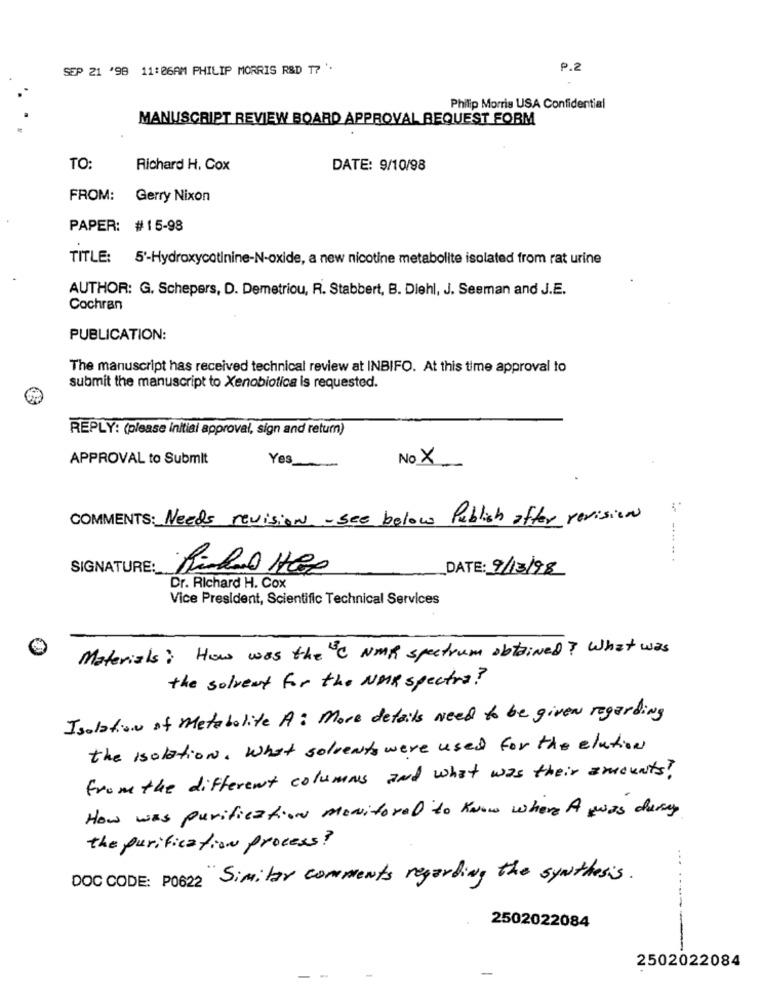
SEP 21 '98 11:06AM PHILIP MORRIS R&D T? '.
P.2
Philip Morris USA Confidential
MANUSCRIPT REVIEW BOARD APPROVAL REQUEST FORM
TO:
Richard H. Cox
DATE: 9/10/98
FROM: Gerry Nixon
PAPER: #15-98
TITLE: 5'-Hydroxycotinine-N-oxide, a new nicotine metabolite isolated from rat urine
AUTHOR: G. Schepers, D. Demetriou, R. Stabbert, B. Diehl, J. Sesman and J.E.
Cochran
PUBLICATION:
The manuscript has received technical review at INBIFO. At this time approval to
submit the manuscript to Xenobiotica is requested.
REPLY: (please initial approval, sign and return)
APPROVAL to Submit
Yes
No X
COMMENTS: Needs revision - see below
Publish after revision
SIGNATURE:
DATE: 9/13/98
Dr. Richard H. Cox
Vice President, Scientific Technical Services
Materials: How was the C NMR spectrum obtained? What was
the solvent for the NMR spectra?
Isolation of Metabolite A: More details Need to be given regarding
the Isolation. What solvents were used for the elation
From the different columns and what was their amounts?
How was purification monitored to know where A wwas danny
the purification process?
...
DOC CODE: P0622 Similar comments regarding the synthesis.
2502022084
---
2502022084